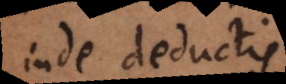
inde [deducti]